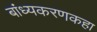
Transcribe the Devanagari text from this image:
बांध्यकरणकहा